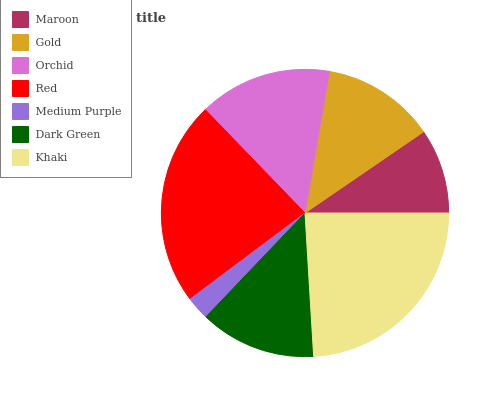
| Maroon | Gold | Orchid | Red | Medium Purple | Dark Green | Khaki |
 | --- | --- | --- | --- | --- | --- | --- |
 | 9.56% | 12.7% | 14.9% | 23.1% | 2.64% | 13.1% | 24% |